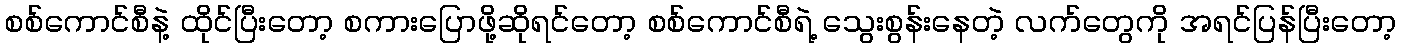
စစ်ကောင်စီနဲ့ ထိုင်ပြီးတော့ စကားပြောဖို့ဆိုရင်တော့ စစ်ကောင်စီရဲ့ သွေးစွန်းနေတဲ့ လက်တွေကို အရင်ပြန်ပြီးတော့